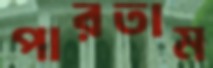
পারতাম